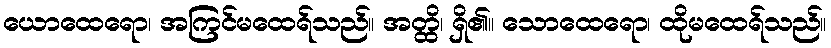
ယောထေရော၊ အကြင်မထေရ်သည်။ အတ္ထိ၊ ရှိ၏။ သောထေရော၊ ထိုမထေရ်သည်။